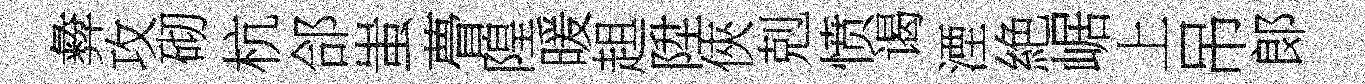
彜攻砌杭郃蚩瞢隍暖趄陞俠剋愤谒湮絶崌上吊郞